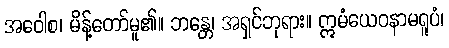
အဝေါစ၊ မိန့်တော်မူ၏။ ဘန္တေ၊ အရှင်ဘုရား။ ဣမံယေဝနာမရူပံ၊